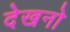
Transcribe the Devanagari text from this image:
देखनो